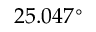
2 5 . 0 4 7 ^ { \circ }